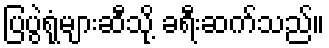
ပြပွဲရုံများဆီသို့ ခရီးဆက်သည်။